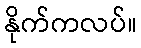
နိုက်ကလပ်။